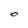
Character: 0